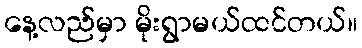
နေ့လည်မှာ မိုးရွာမယ်ထင်တယ်။